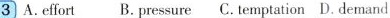
3 A.effort B.pressure C. temptation D. demand